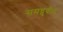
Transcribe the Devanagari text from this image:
समध्रुवीय